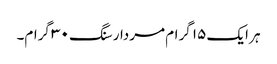
ہر ایک ۱۵ گرام مردار سنگ ۳۰ گرام۔